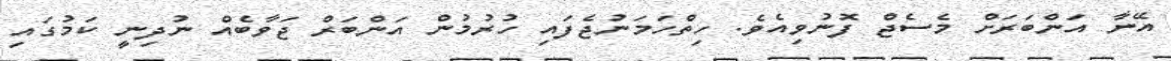
އޭނާ އަންބަރަށް މެސެޖް ފޮނުވިއެވެ. ހިތްހަމަނުޖެފައި ހުރުމުން އަންބަރް ޖަވާބެއް ނުދިނީ ކަމުގައި